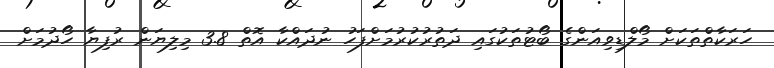
ހަރަކާތްތަކަށް މޯލްޑިވިއަންގެ ބޯޓުތަކުގައި ދަތުރުކުރުމަށްފަހު ނުދައްކާ އޮތް 3.8 މިލިޔަން ރުފިޔާ ހޯދުމަށް